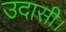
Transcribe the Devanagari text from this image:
उदासी।